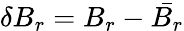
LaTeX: \delta B_{r}=B_{r}-\bar{B_{r}}